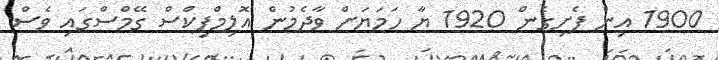
1900 އިން ފެށިގެން 1920 ޔާ ހަމަޔަށް ވާދެމުން އޮލިމްޕިކްސް ގޭމްސްގައި ވެސް